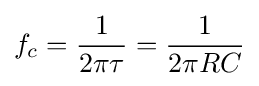
f_{c}={\frac {1}{2\pi \tau }}={\frac {1}{2\pi RC}}